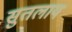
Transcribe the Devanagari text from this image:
सुतलाय